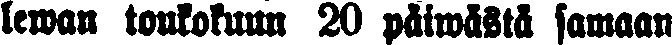
lewan toukokuun 20 päiwästä samaan